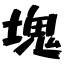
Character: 塊